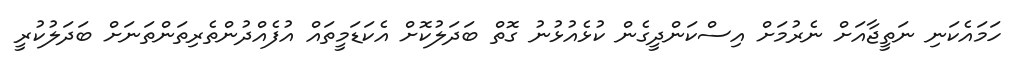
ހަމައެކަނި ނަތީޖާއަށް ނެރުމަށް އިސްކަންދީގެން ކުޅެއުޅުނު ގޮތް ބަދަލުކޮށް އެކަޑަމީތައް އުފެއްދުންތެރިތަންތަނަށް ބަދަލުކުރީ